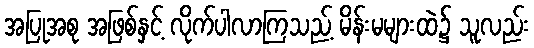
အပြုအစု အဖြစ်နှင့် လိုက်ပါလာကြသည့် မိန်းမများထဲ၌ သူလည်း